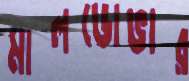
মালডোভার